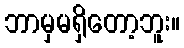
ဘာမှမရှိတော့ဘူး။